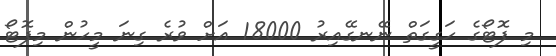
މި ފޮޓޯގެ ހަގީގަތް ނޭނގޭއިރު 18000 އަށް ވުރެ ގިނަ މީހުން މިފޮޓޯ